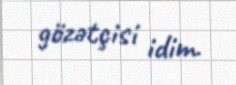
gözətçisi idim.